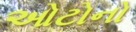
ઓટોનો